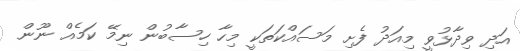
އަދި ވިދާޅުވީ މިއަދު ފެށި މަސައްކަތަކީ މިހާ ހިސާބުން ނިމޭ ކަމެއް ނޫން